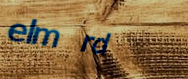
elm rd